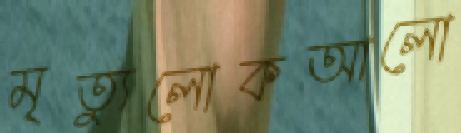
মৃত্যুলোকআলো